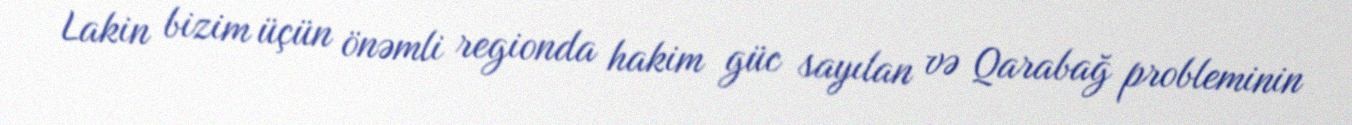
Lakin bizim üçün önəmli regionda hakim güc sayılan və Qarabağ probleminin